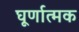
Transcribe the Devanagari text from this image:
घूर्णात्मक